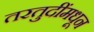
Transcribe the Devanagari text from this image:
तरतुदींमधून